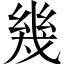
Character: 幾